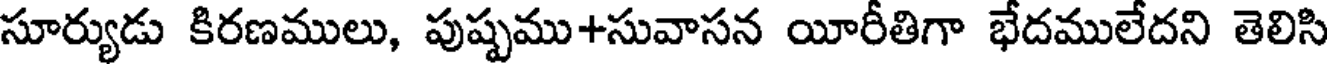
సూర్యుడు కిరణములు, పుష్పము+సువాసన యీరీతిగా భేదములేదని తెలిసి